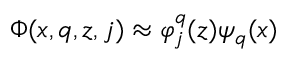
\Phi ( x , q , z , j ) \approx \varphi _ { j } ^ { q } ( z ) \psi _ { q } ( x )